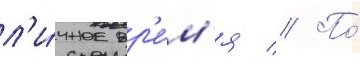
л'и́чное вр'е́м'я // По́